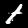
Digit: 1